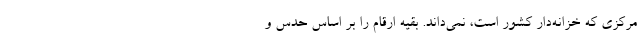
مرکزی که خزانه‌دار کشور است، نمی‌داند. بقیه ارقام را بر اساس حدس و